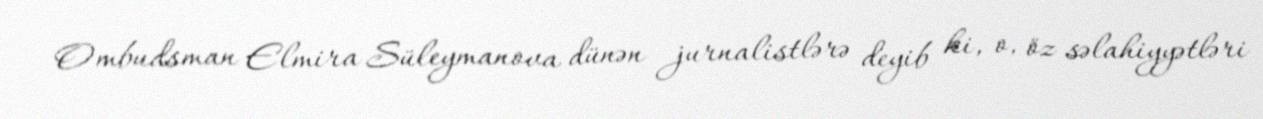
Ombudsman Elmira Süleymanova dünən jurnalistlərə deyib ki, o, öz səlahiyyətləri